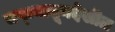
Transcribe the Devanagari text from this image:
चष्म्यातूनदेखील